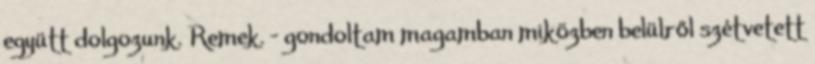
együtt dolgozunk. Remek. – gondoltam magamban miközben belülről szétvetett